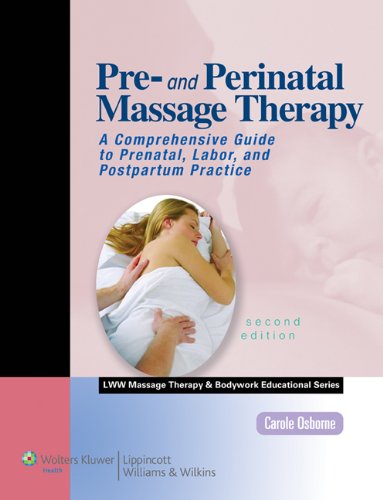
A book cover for Pre- and Perinatal Massage Therapy: A Comprehensive Guide to Prenatal, Labor, and Postpartum Practice, 2nd Edition (LWW Massage Therapy and Bodywork Educational Series); Carole Osborne CMT  NCBTMB; Health, Fitness & Dieting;